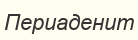
Периаденит